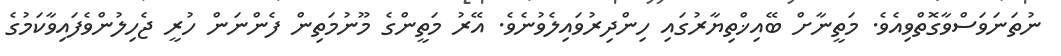
ނުތަނަވަސްވާގޮތްވިއެެވެ. މަތީނާށް ބޭއިޚްތިޔާރުގައި ހިންދިރުވައިލެވުނެވެ. އޭރު މަތީންގެ މޫނުމަތިން ފެންނަން ހުރީ ޖެހިލުންވެފައިވާކަމުގެ